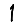
Digit: 1